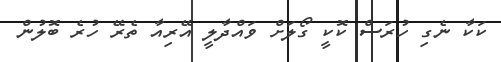
ކަކާ ނެގި ހުރަސް ކޮކީ ގޯލަށް ވައްދާލީ އޭރިއާ ތެރޭ ހުރެ ބޮލުން